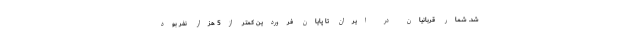
شد. شمار قربانیان در ایران تا پایان فروردین کمتر از5 هزار نفر بود